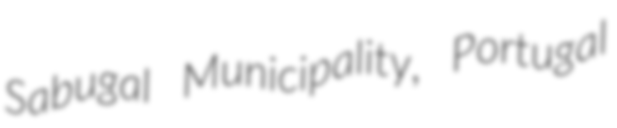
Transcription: Sabugal Municipality, Portugal